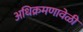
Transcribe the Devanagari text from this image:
अधिक्रमणावेळी